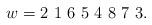
LaTeX: \begin{align*}w = 2\ 1 \ 6 \ 5 \ 4 \ 8 \ 7 \ 3. \end{align*}